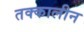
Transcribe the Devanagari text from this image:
तक्कालीन